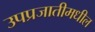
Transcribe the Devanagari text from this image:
उपप्रजातीमधील